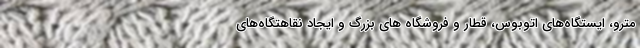
مترو، ایستگاه‌های اتوبوس، قطار و فروشگاه های بزرگ و ایجاد نقاهتگاه‌های